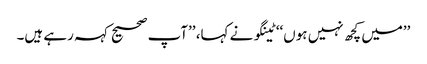
’’میں کچھ نہیں ہوں‘‘ ٹینگو نے کہا، ’’آپ صحیح کہہ رہے ہیں۔